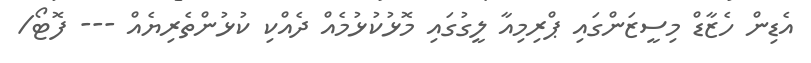
އެޑިން ހެޒާޑް މިސީޒަންގައި ޕްރިމިއާ ލީގުގައި މޮޅުކުޅުމެއް ދެއްކި ކުޅުންތެރިޔެއް --- ފޮޓޯ/